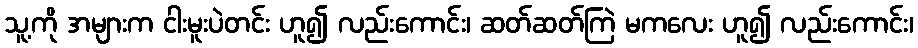
သူ့ကို အများက ငါးမူးပဲတင်း ဟူ၍ လည်းကောင်း၊ ဆတ်ဆတ်ကြဲ မကလေး ဟူ၍ လည်းကောင်း၊